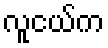
လူငယ်က